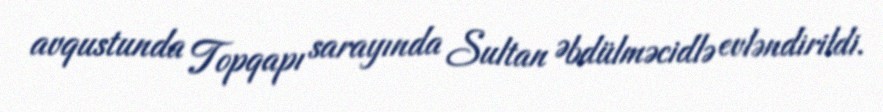
avqustunda Topqapı sarayında Sultan Əbdülməcidlə evləndirildi.